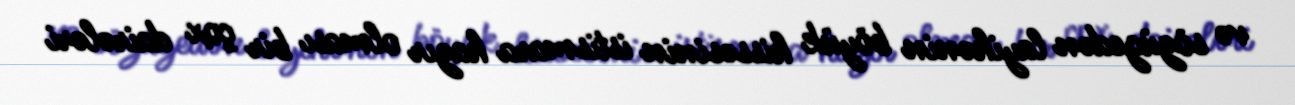
və sözügedən layihənin böyük hissəsinin istismara hazır olması bir çox dairələri